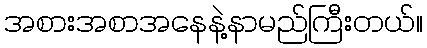
အစားအစာအနေနဲ့နာမည်ကြီးတယ်။